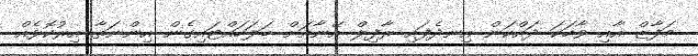
މަފާޒް އާއި ވާހަކަ ދައްކަން އިނދެފައި ރާފިލް އޭނާއަށް ބަލަހައްޓައިގެން އިންނަތާ އިރުކޮޅެއް